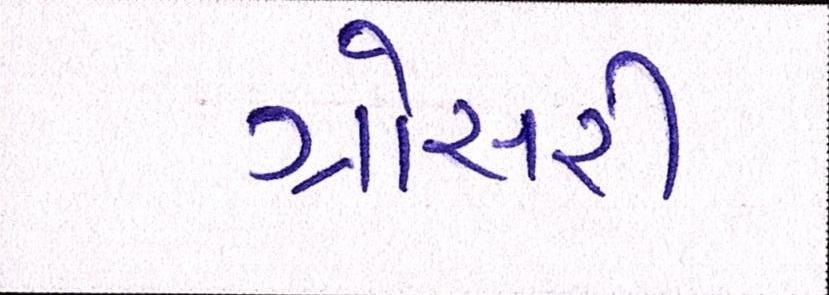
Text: ગ્રોસરી